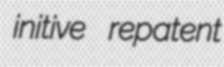
initive repatent